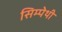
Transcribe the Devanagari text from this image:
सिम्पेथी